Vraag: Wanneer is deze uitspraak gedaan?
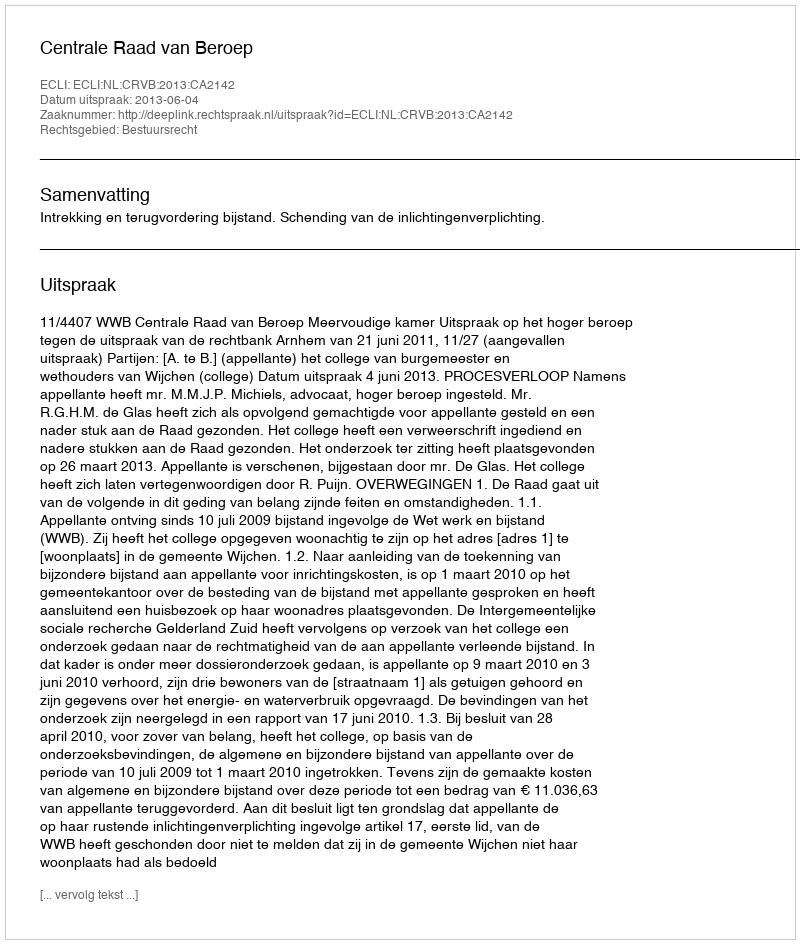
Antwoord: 2013-06-04